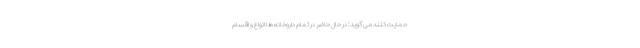
حمایت کنند می گوید: در حال حاضر در تمام داروخانه ها انواع و اقسام